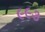
૯૯૩